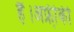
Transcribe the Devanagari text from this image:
हैं।अफ्री़की